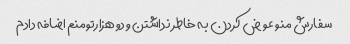
سفارش منو عوض کردن به خاطر نداشتن و دو هزارتومنم اضافه دادم